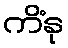
ကိံနု